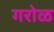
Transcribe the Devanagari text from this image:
गरोळ